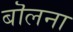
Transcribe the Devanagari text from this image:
बॊलना